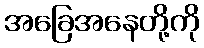
အခြေအနေတို့ကို